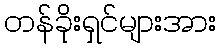
တန်ခိုးရှင်များအား